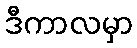
ဒီကာလမှာ